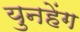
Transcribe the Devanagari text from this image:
युनहेंग